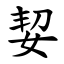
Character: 㛃